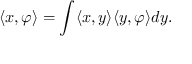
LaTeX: \langle x , \varphi \rangle = \int \langle x , y \rangle \langle y , \varphi \rangle d y .